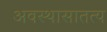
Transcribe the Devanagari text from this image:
अवस्थासातत्य